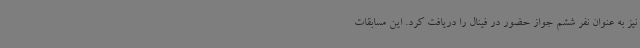
نیز به عنوان نفر ششم جواز حضور در فینال را دریافت کرد. این مسابقات